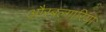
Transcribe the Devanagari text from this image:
औरबल्गारिया